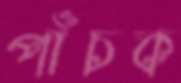
পাঁচক